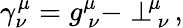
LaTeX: \gamma_{\nu}^{\mu}=g_{\ \nu}^{\mu}-\perp_{\, \nu}^{\! \mu}\, ,